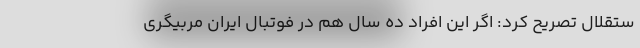
ستقلال تصریح کرد: اگر این افراد ده سال هم در فوتبال ایران مربیگری